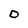
Character: D